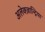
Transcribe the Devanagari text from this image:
अलेक्ज़ान्द्रिया